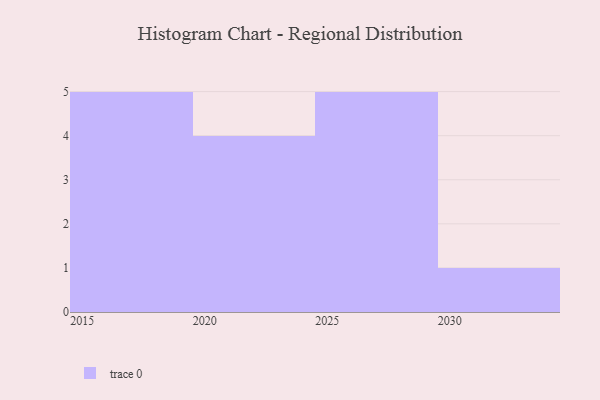
{"axis": {"x": "Year", "y": "Shipments"}, "legend": [""], "data": [{"x": "2017", "y": 61, "type": ""}, {"x": "2018", "y": 16, "type": ""}, {"x": "2025", "y": 91, "type": ""}, {"x": "2030", "y": 67, "type": ""}, {"x": "2028", "y": 80, "type": ""}, {"x": "2027", "y": 100, "type": ""}, {"x": "2020", "y": 16, "type": ""}, {"x": "2019", "y": 70, "type": ""}, {"x": "2023", "y": 65, "type": ""}, {"x": "2021", "y": 65, "type": ""}, {"x": "2015", "y": 96, "type": ""}, {"x": "2024", "y": 3, "type": ""}, {"x": "2026", "y": 85, "type": ""}, {"x": "2029", "y": 59, "type": ""}, {"x": "2016", "y": 58, "type": ""}]}